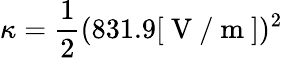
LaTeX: \kappa=\frac{1}{2}(831.9[\mathrm{~V~/~m~}])^{2}